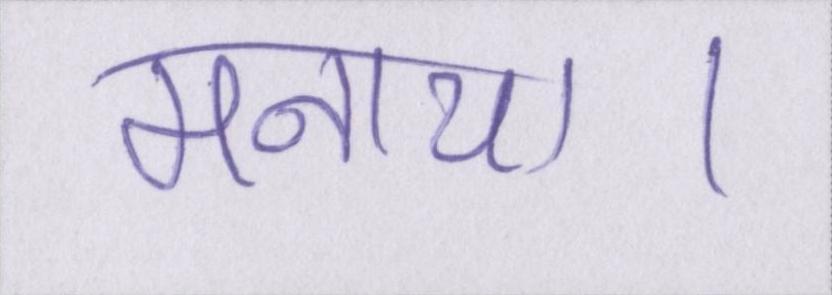
मनाया।